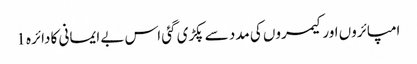
امپائروں اور کیمروں کی مدد سے پکڑی گئی اس بے ایمانی کا دائرہ 1